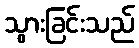
သွားခြင်းသည်